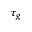
\tau _ { g }